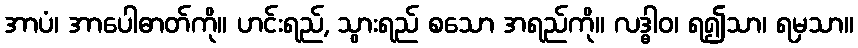
အာပံ၊ အာပေါဓာတ်ကို။ ဟင်းရည်, သွားရည် စသော အရည်ကို။ လဒ္ဓါဝ၊ ရ၍သာ၊ ရမှသာ။